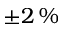
\pm 2 \, \%